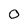
Character: 0